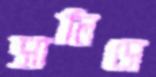
সালিসে